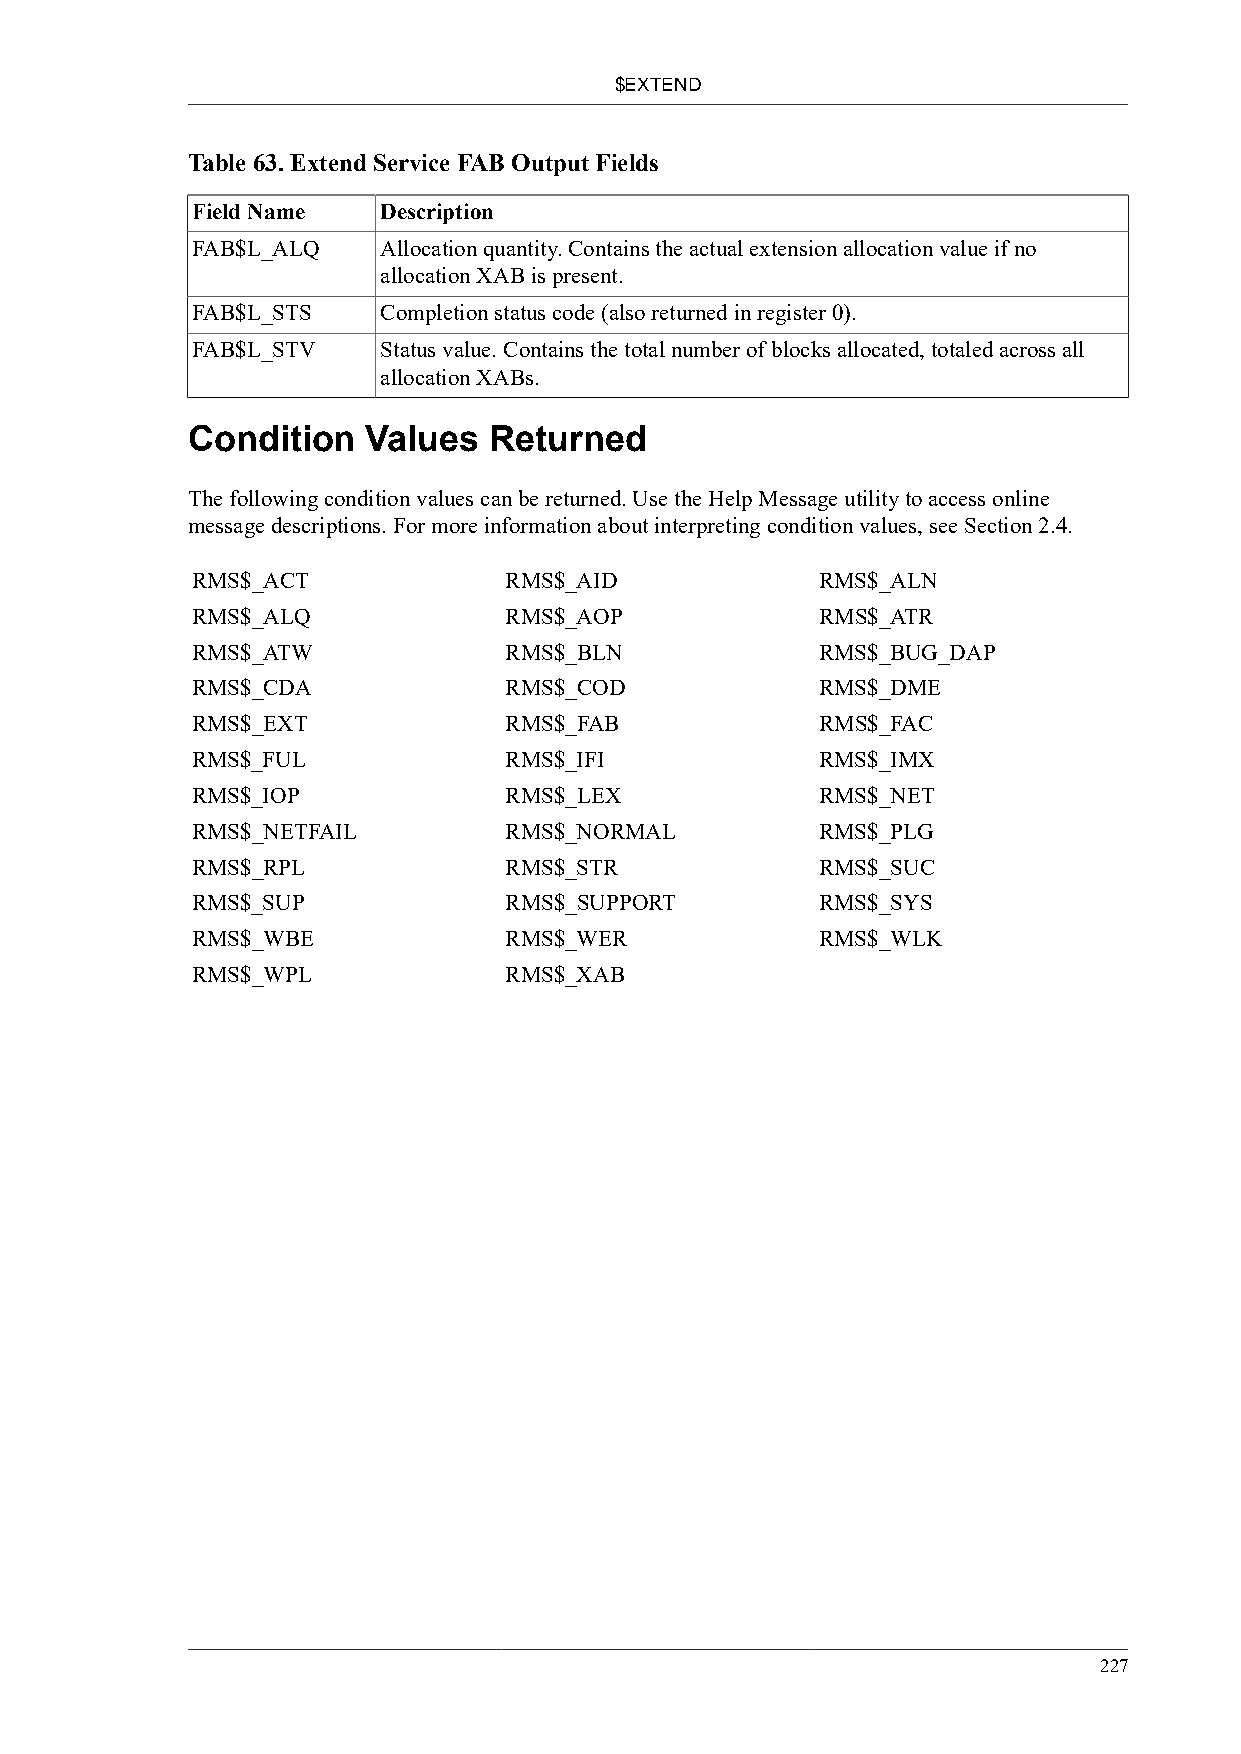
$EXTEND
 Table 63. Extend Service FAB Output Fields
 Field Name  Description
 FAB$L_ALQ   Allocation quantity. Contains the actual extension allocation value if no
 allocation XAB is present.
 FAB$L_STS   Completion status code (also returned in register 0).
 FAB$L_STV   Status value. Contains the total number of blocks allocated, totaled across all
 allocation XABs.
 Condition   Values  Returned
 The following condition values can be returned. Use the Help Message utility to access online
 message descriptions. For more information about interpreting condition values, see Section 2.4.
 RMS$_ACT            RMS$_AID             RMS$_ALN
 RMS$_ALQ            RMS$_AOP             RMS$_ATR
 RMS$_ATW            RMS$_BLN             RMS$_BUG_DAP
 RMS$_CDA            RMS$_COD             RMS$_DME
 RMS$_EXT            RMS$_FAB             RMS$_FAC
 RMS$_FUL            RMS$_IFI             RMS$_IMX
 RMS$_IOP            RMS$_LEX             RMS$_NET
 RMS$_NETFAIL        RMS$_NORMAL          RMS$_PLG
 RMS$_RPL            RMS$_STR             RMS$_SUC
 RMS$_SUP            RMS$_SUPPORT         RMS$_SYS
 RMS$_WBE            RMS$_WER             RMS$_WLK
 RMS$_WPL            RMS$_XAB
 227